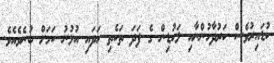
ކުޑައިރުވެސް ކަރުދާހުންނާއި ލަކުޑިން ގެ ފަދަ ތަކެތި ހަދައި އުޅުނު ކަމަށް ބުނެވެއެވެ.